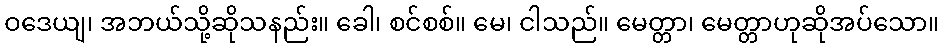
ဝဒေယျ၊ အဘယ်သို့ဆိုသနည်း။ ခေါ၊ စင်စစ်။ မေ၊ ငါသည်။ မေတ္တာ၊ မေတ္တာဟုဆိုအပ်သော။